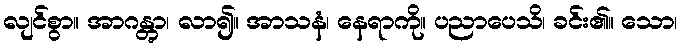
လျင်စွာ။ အာဂန္တွာ၊ လာ၍။ အာသနံ၊ နေရာကို။ ပညာပေသိ၊ ခင်း၏။ သော၊